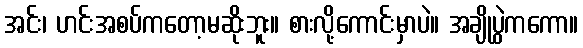
အင်း၊ ဟင်းအစပ်ကတော့မဆိုးဘူး။ စားလို့ကောင်းမှာပဲ။ အချိုပွဲကကော။